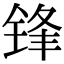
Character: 锋